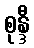
စုန္ဒီ